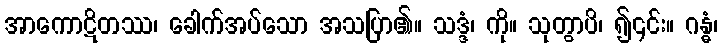
အာကောဋိတဿ၊ ခေါက်အပ်သော အသပြာ၏။ သဒ္ဒံ၊ ကို။ သုတွာပိ၊ ၍၎င်း။ ဂန္ဓံ၊